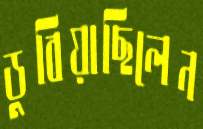
ডুবিয়াছিলেন